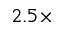
2 . 5 \times